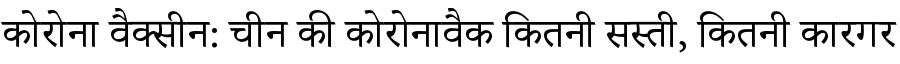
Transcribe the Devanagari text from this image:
कोरोना वैक्सीन: चीन की कोरोनावैक कितनी सस्ती, कितनी कारगर